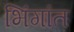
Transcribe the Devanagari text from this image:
भिंगांत